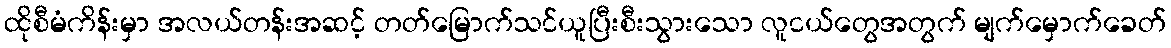
ထိုစီမံကိန်းမှာ အလယ်တန်းအဆင့် တတ်မြောက်သင်ယူပြီးစီးသွားသော လူငယ်တွေအတွက် မျက်မှောက်ခေတ်